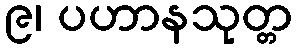
၉၊ ပဟာနသုတ္တ